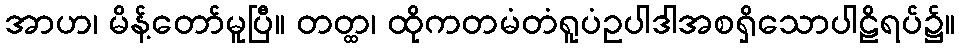
အာဟ၊ မိန့်တော်မူပြီ။ တတ္ထ၊ ထိုကတမံတံရူပံဥပါဒါအစရှိသောပါဠိရပ်၌။